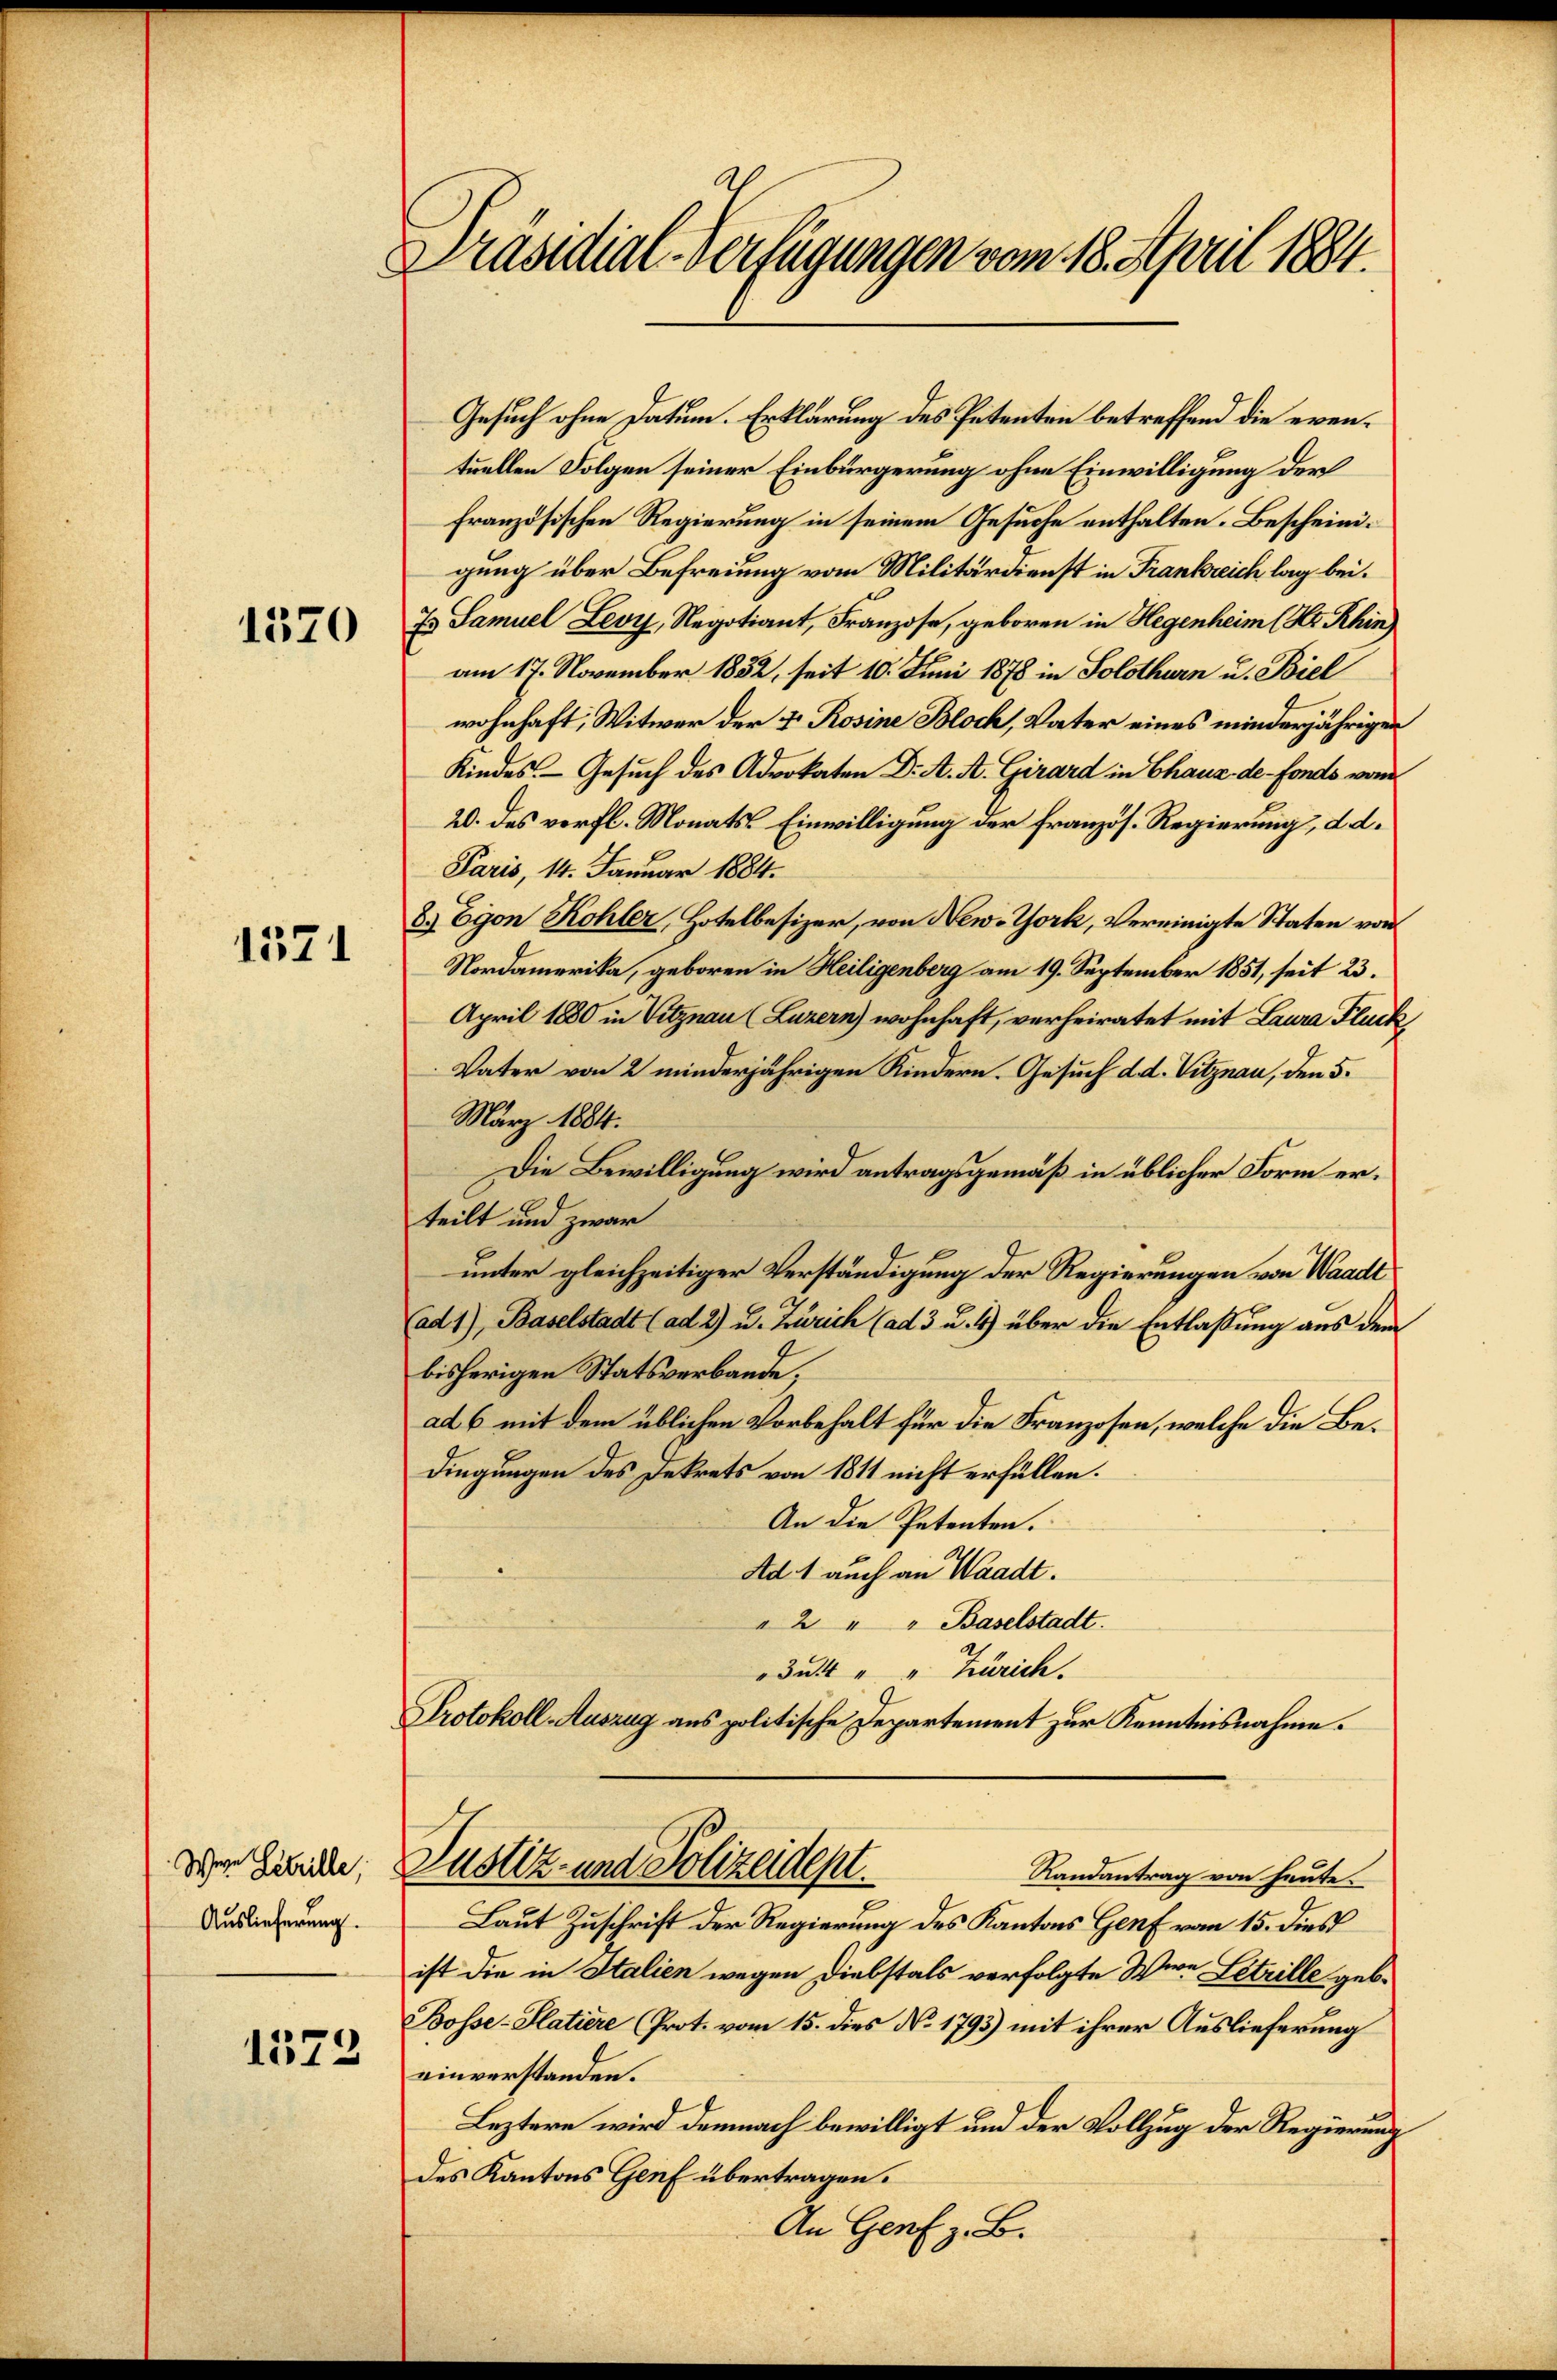
1570

1371

Wen Lebrille,
Auslieferung.

1573

Präsidial-Verfügungen vom 18. April 1884.

Gesuch ohne Datum. Erklärung des Petenten betreffend die eventuellen Folgen seiner Einbürgerung ohne Einwilligung der
französischen Regierung in seinem Gesuche enthalten. Bescheinigung über Befreiung vom Militärdienst in Frankreich lag bei.
Es Samuel Levy, Regotiant, Franzose, geboren in Hegenheim (Hr. Rhin
am 17. November 1832, seit 10. Juni 1878 in Solothurn u. Biel
wohnhaft, Witwer der 4. Rosine Bloch, Vater eines minderjährigen
Kindes. — Gesuch des Advokaten Dr. A. A. Girard in Chaux de - Fonds von
20. des verfl. Monats-Einwilligung der französ. Regierung, d. d.
Paris, 14. Januar 1884.
8) Egon Kohler, Hotelbesizer, von New-York, vereinigte Staten von
Nordamerika, geboren in Heiligenberg am 19. September 1851, seit 23.
April 1880 in Vitznau (Luzern) wohnhaft, verheiratet mit Laura Fluck,
Vater von 2 minderjährigen Kindern. Gesuch d. d. Vitznau, den 5.
März 1884.
Die Bewilligung wird antragsgemäß in üblicher Form erteilt und zwar
unter gleichzeitiger Verständigung der Regierungen von Waadt
(ad 1), Baselstadt (ad 2) u. Zürich (ad 3 u. 4) über die Entlaßung aus dem
bisherigen Statsverbande,
ad 6 mit dem üblichen Vorbehalt für die Franzosen, welche die Bedingungen des Dekrets von 1811 nicht erfüllen.
An die Petenten.
Ad. 1 auch an Waadt.
" 2 " " Baselstadt.
dut " " Zürich.
Protokoll-Auszug aus politische Departement zur Kenntnisnahme.
Justiz- und Polizeident.
Randantrag von heute.
Laut Zuschrift der Regierung des Kantons Genf vom 15. dies
ist die in Italien wegen Diebstals verfolgte Wien Getrille geb.
Bosse-Platiere (Prot. vom 15. dies No 1793) mit ihrer Auslieferung
einverstanden.
Leztere wird demnach bewilligt und der Vollzug der Regierung
des Kantons Genf übertragen.
An Genf z. B.